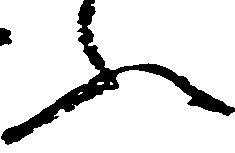
ふ